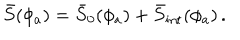
LaTeX: \bar { S } ( \phi _ { a } ) = \bar { S } _ { 0 } ( \phi _ { a } ) + \bar { S } _ { \mathrm { i n t } } ( \phi _ { a } ) \, .